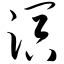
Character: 溟